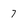
Character: 7